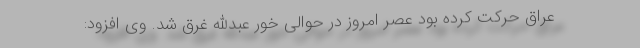
عراق حرکت کرده بود عصر امروز در حوالی خور عبدالله غرق شد. وی افزود: